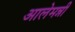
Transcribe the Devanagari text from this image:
आलेमन्नी